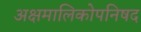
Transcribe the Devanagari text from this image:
अक्षमालिकोपनिषद